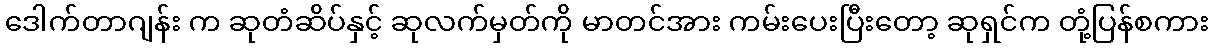
ဒေါက်တာဂျန်း က ဆုတံဆိပ်နှင့် ဆုလက်မှတ်ကို မာတင်အား ကမ်းပေးပြီးတော့ ဆုရှင်က တုံ့ပြန်စကား